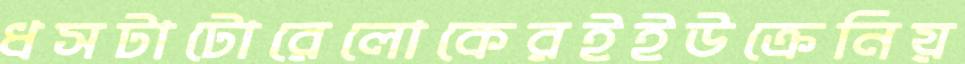
ধসটাটোরেলোকেরইইউক্রেনিয়